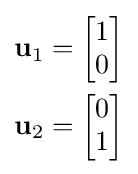
{\begin{aligned}\mathbf {u} _{1}&={\begin{bmatrix}1\\0\end{bmatrix}}\\\mathbf {u} _{2}&={\begin{bmatrix}0\\1\end{bmatrix}}\end{aligned}}